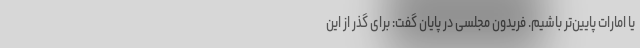
یا امارات پایین‌تر باشیم. فریدون مجلسی در پایان گفت: برای گذر از این